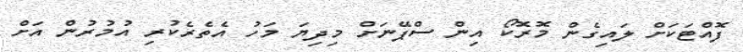
ފޮއްޓަކަށް ލައިގެން މޮރޮކޯ އިން ސްޕޭނަށް މިދިޔަ މަހު އެތެރެކުރި އުމުރުން އަށް